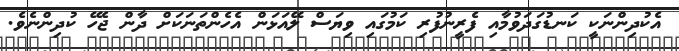
އެކުދިންނަކީ ކަނޑުގަދަވުމާއި ފެރީނުފުރި ކަމުގައި ވިޔަސް ލޭއަޅަން އެހެންތަނަކަށް ދާން ޖެހޭ ކުދިންނެވެ.